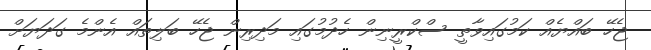
ޖެހޭ ބައްޔެއް ކަމުގައިވާތީ ސްކްރީނިން ހެދުމުގައި މަދިރިން ޖެހޭ ބަލިތައް އެންމެ ގަދަޔަށް